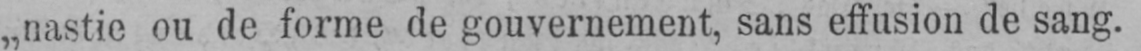
„nastie ou de forme de gouvernement, sans effusion de sang.